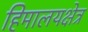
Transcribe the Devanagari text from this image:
हिमालयक्षेत्र